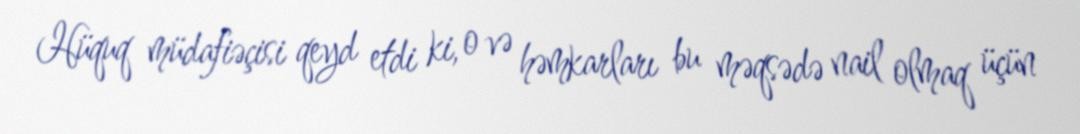
Hüquq müdafiəçisi qeyd etdi ki, o və həmkarları bu məqsədə nail olmaq üçün